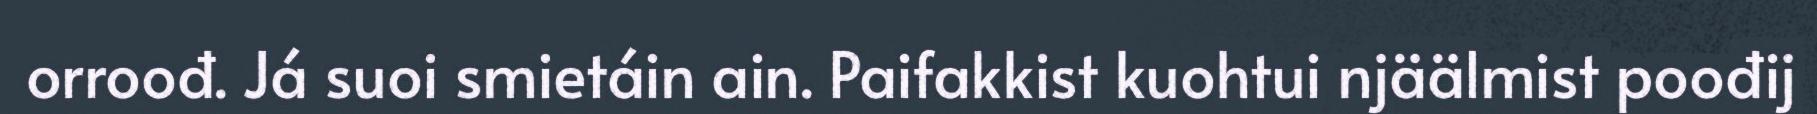
orroođ. Já suoi smietáin ain. Paifakkist kuohtui njäälmist poođij